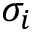
\sigma _ { i }